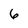
Character: 6